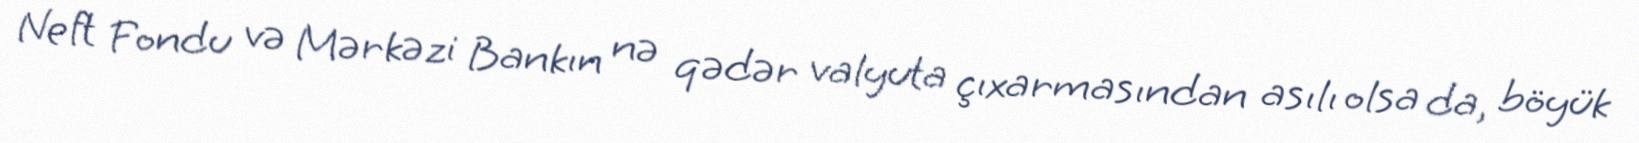
Neft Fondu və Mərkəzi Bankın nə qədər valyuta çıxarmasından asılı olsa da, böyük